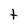
Character: t